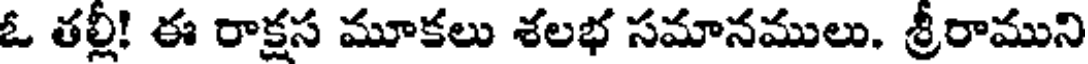
ఓ తల్లీ! ఈ రాక్షస మూకలు శలభ సమానములు. శ్రీరాముని